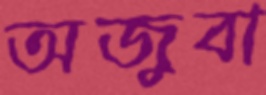
অজুবা